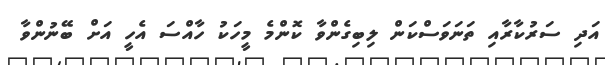
އަދި ސަރުކާރާއި ތަނަވަސްކަން ލިބިގެންވާ ކޮންމެ މީހަކު ހާއްސަ އެހީ އަށް ބޭނުންވާ